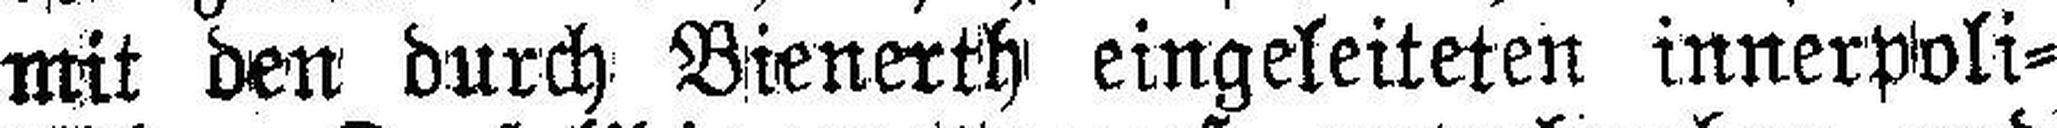
mit den durch Bienerth eingeleiteten innerpoli¬